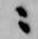
ニ